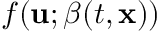
f ( \mathbf { u } ; \boldsymbol { \beta } ( t , \mathbf { x } ) )